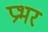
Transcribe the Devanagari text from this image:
प्रभर